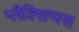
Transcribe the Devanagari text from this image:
प्लैक्सिप्पस